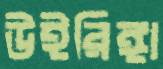
উইরিঙ্গা